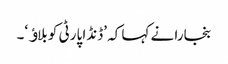
بنجارا نے کہا کہ ’ڈنڈا پارٹی کو بلاﺅ‘۔